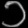
Digit: ၁